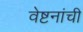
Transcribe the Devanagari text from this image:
वेष्टनांची